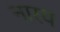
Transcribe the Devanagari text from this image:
नारय